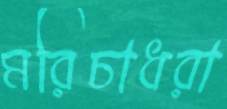
মরিচাধরা